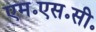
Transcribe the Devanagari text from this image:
एम॰एस॰सी॰